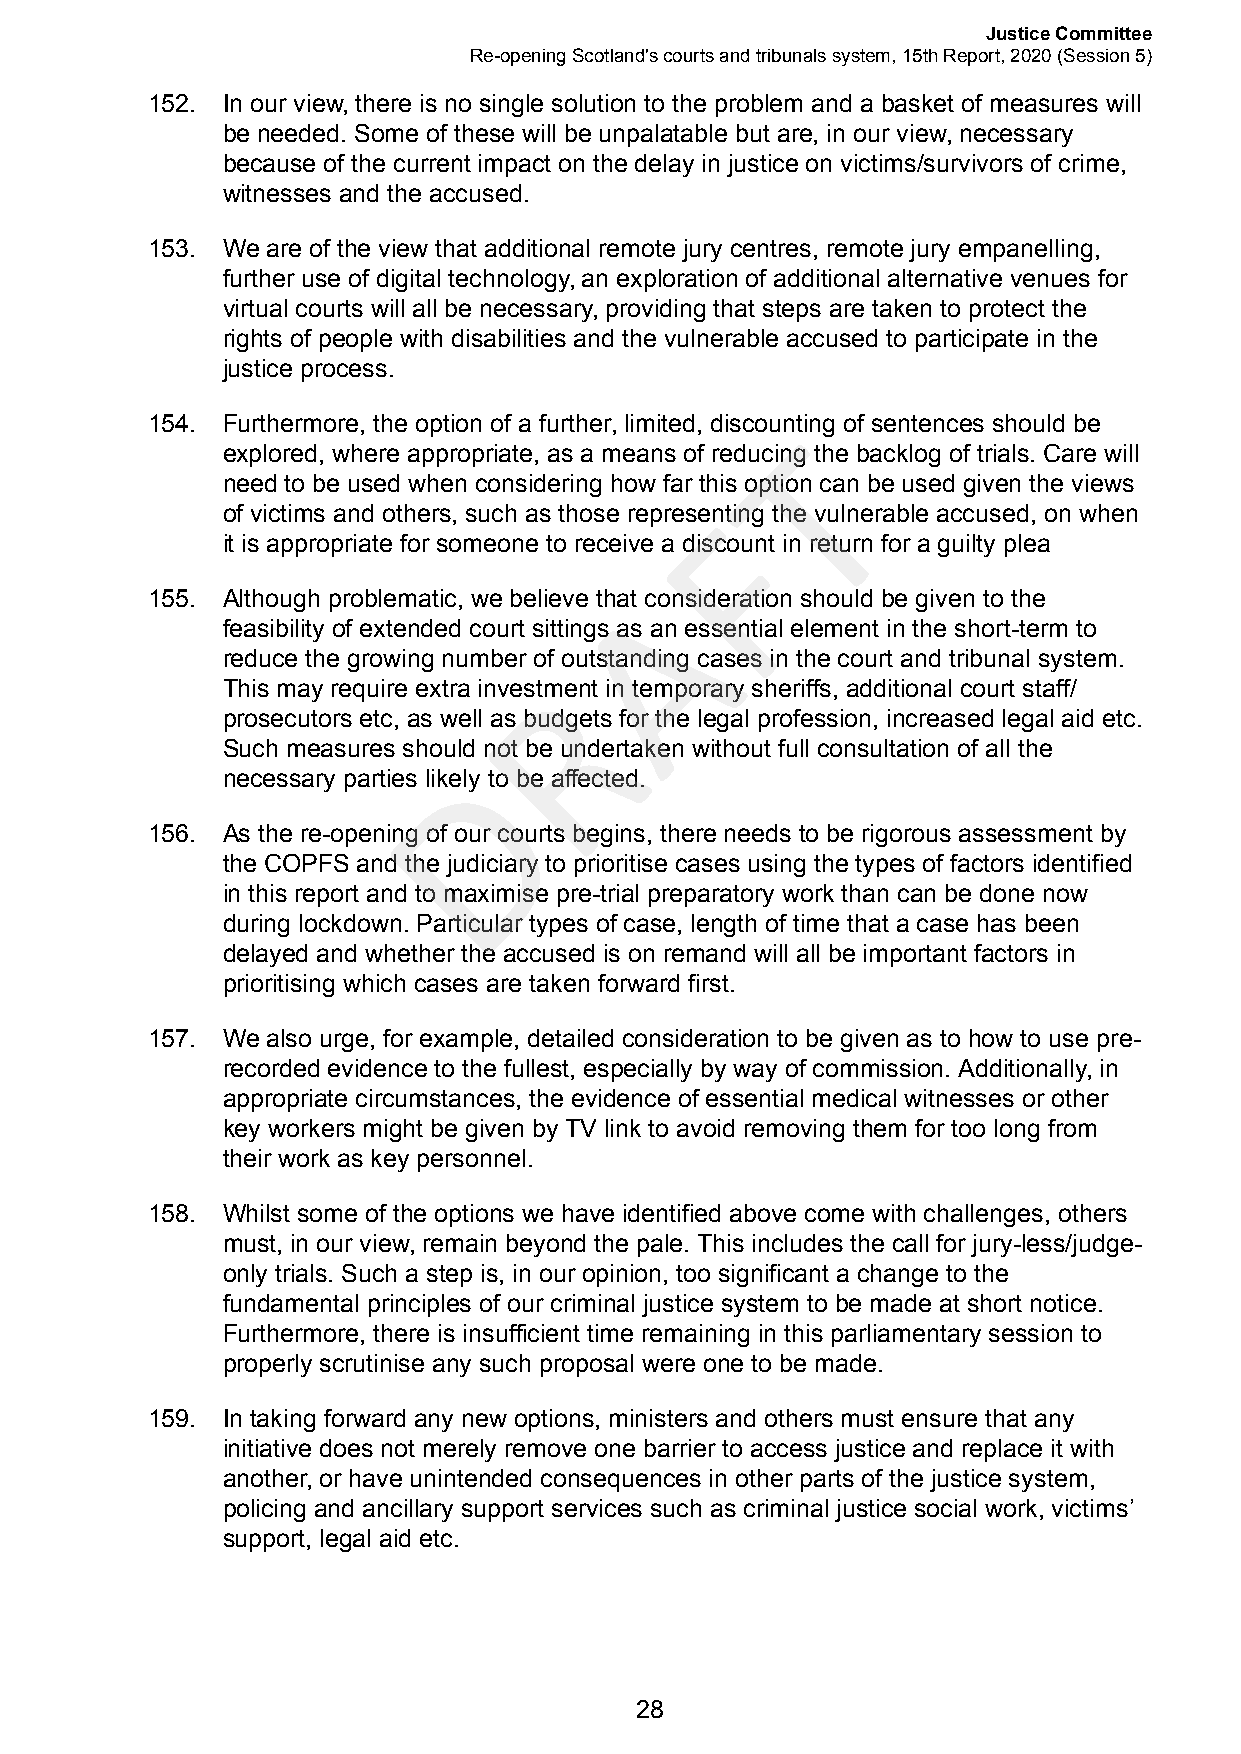
Justice Committee
 Re-opening Scotland's courts and tribunals system, 15th Report, 2020 (Session 5)
 152. In our view, there is no single solution to the problem and a basket of measures will
 be needed. Some of these will be unpalatable but are, in our view, necessary
 because of the current impact on the delay in justice on victims/survivors of crime,
 witnesses and the accused.
 153. We are of the view that additional remote jury centres, remote jury empanelling,
 further use of digital technology, an exploration of additional alternative venues for
 virtual courts will all be necessary, providing that steps are taken to protect the
 rights of people with disabilities and the vulnerable accused to participate in the
 justice process.
 154. Furthermore, the option of a further, limited, discounting of sentences should be
 T
 explored, where appropriate, as a means of reducing the backlog of trials. Care will
 need to be used when considering how far this option can be used given the views
 of victims and others, such as those represeFnting the vulnerable accused, on when
 it is appropriate for someone to receive a discount in return for a guilty plea
 A
 155. Although problematic, we believe that consideration should be given to the
 feasibility of extended court sittings as an essential element in the short-term to
 reduce the growing number of outstanding cases in the court and tribunal system.
 R
 This may require extra investment in temporary sheriffs, additional court staff/
 prosecutors etc, as well as budgets for the legal profession, increased legal aid etc.
 Such measures should not be undertaken without full consultation of all the
 D
 necessary parties likely to be affected.
 156. As the re-opening of our courts begins, there needs to be rigorous assessment by
 the COPFS and the judiciary to prioritise cases using the types of factors identified
 in this report and to maximise pre-trial preparatory work than can be done now
 during lockdown. Particular types of case, length of time that a case has been
 delayed and whether the accused is on remand will all be important factors in
 prioritising which cases are taken forward first.
 157. We also urge, for example, detailed consideration to be given as to how to use pre-
 recorded evidence to the fullest, especially by way of commission. Additionally, in
 appropriate circumstances, the evidence of essential medical witnesses or other
 key workers might be given by TV link to avoid removing them for too long from
 their work as key personnel.
 158. Whilst some of the options we have identified above come with challenges, others
 must, in our view, remain beyond the pale. This includes the call for jury-less/judge-
 only trials. Such a step is, in our opinion, too significant a change to the
 fundamental principles of our criminal justice system to be made at short notice.
 Furthermore, there is insufficient time remaining in this parliamentary session to
 properly scrutinise any such proposal were one to be made.
 159. In taking forward any new options, ministers and others must ensure that any
 initiative does not merely remove one barrier to access justice and replace it with
 another, or have unintended consequences in other parts of the justice system,
 policing and ancillary support services such as criminal justice social work, victims’
 support, legal aid etc.
 28